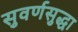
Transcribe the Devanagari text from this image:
सुवर्णसुद्धा